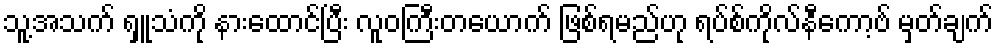
သူ့အသက် ရှူသံကို နားထောင်ပြီး လူဝကြီးတယောက် ဖြစ်ရမည်ဟု ရပ်စ်ကိုလ်နီကော့ဗ် မှတ်ချက်